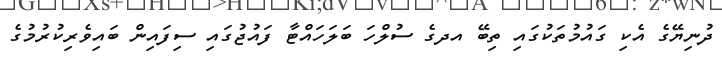
ދުނިޔޭގެ އެކި ގައުމުތަކުގައި ތިބޭ އދގެ ސުލްހަ ބަލަހައްޓާ ފައުޖުގައި ސިފައިން ބައިވެރިކުރުމުގެ